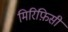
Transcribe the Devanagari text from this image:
मिरिफ़िसी